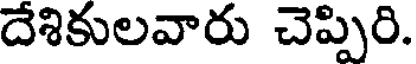
దేశికులవారు చెప్పిరి.